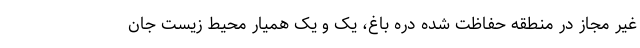
غیر مجاز در منطقه حفاظت شده دره باغ، یک و یک همیار محیط زیست جان